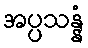
အပ္ပသန္နံ